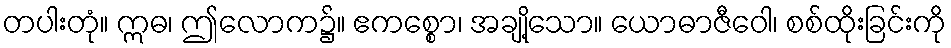
တပါးတုံ။ ဣဓ၊ ဤလောက၌။ ဧကစ္စော၊ အချို့သော။ ယောဓာဇီဝေါ၊ စစ်ထိုးခြင်းကို